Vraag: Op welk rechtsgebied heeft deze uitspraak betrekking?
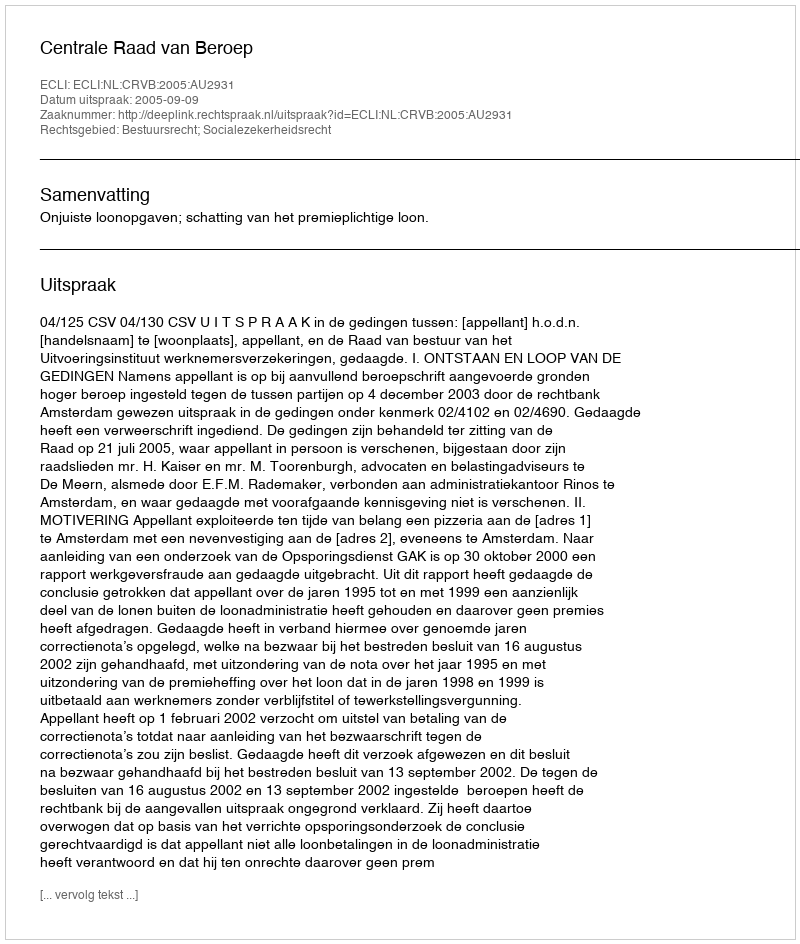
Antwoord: Bestuursrecht; Socialezekerheidsrecht